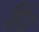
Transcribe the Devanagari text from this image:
हिंड